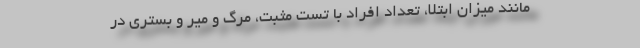
مانند میزان ابتلا، تعداد افراد با تست مثبت، مرگ و میر و بستری در